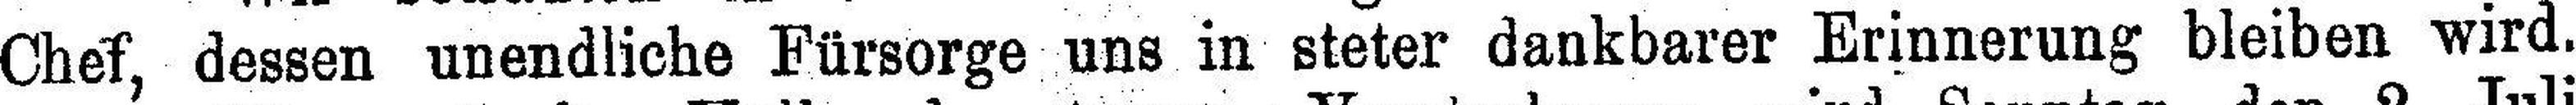
Chef, dessen unendliche Fürsorge uns in steter dankbarer Erinnerung bleiben wird.